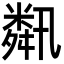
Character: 𦧾